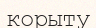
корыту